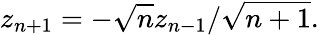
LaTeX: z_{n+1}=-\sqrt{n}z_{n-1}/\sqrt{n+1}.